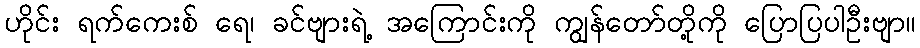
ဟိုင်း ရက်ကေးစ် ရေ၊ ခင်ဗျားရဲ့ အကြောင်းကို ကျွန်တော်တို့ကို ပြောပြပါဦးဗျာ။